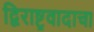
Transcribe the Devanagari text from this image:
द्विराष्ट्रवादाचा